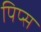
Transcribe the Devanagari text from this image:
पिप्स